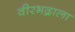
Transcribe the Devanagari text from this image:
वीरभद्राला